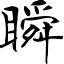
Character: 瞬